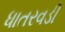
ધાતરવડી